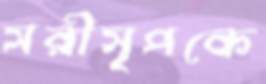
সরীসৃপকে